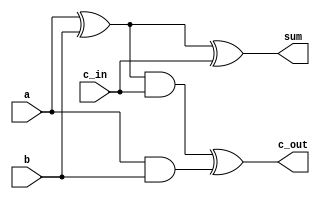
module fulladder(sum, c_out,a,b,c_in);
	input a, b, c_in;
   output sum, c_out;
    
   wire s1, s2, c1;

   xor(s1, a, b);
   and(c1, a, b);
   xor(sum, s1, c_in);
   and(s2, s1, c_in);
   xor(c_out, s2, c1);
endmodule